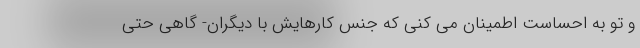
و تو به احساست اطمینان می کنی که جنس کارهایش با دیگران- گاهی حتی